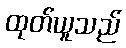
ထုတ်ယူသည်